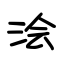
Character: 浍